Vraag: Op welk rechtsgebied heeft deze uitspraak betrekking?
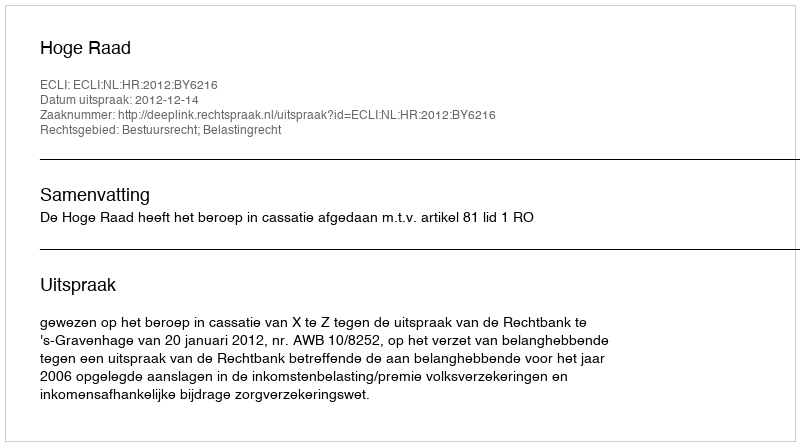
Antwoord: Bestuursrecht; Belastingrecht